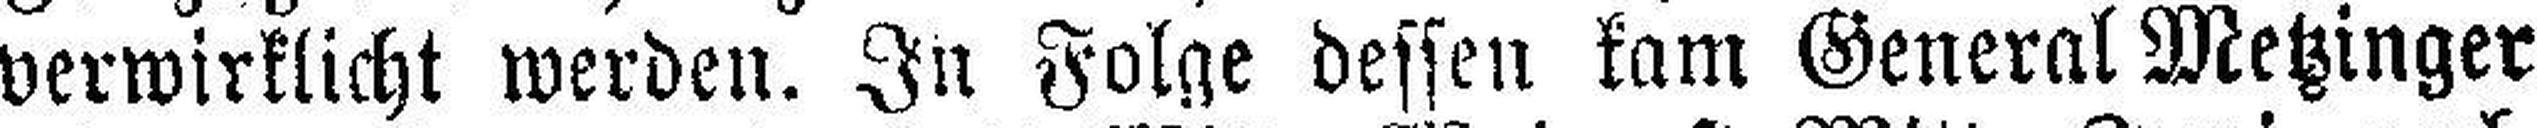
verwirklicht werden. In Folge dessen kam General Metzinger